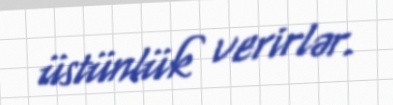
üstünlük verirlər.